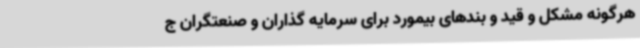
هرگونه مشکل و قید و بندهای بیمورد برای سرمایه گذاران و صنعتگران ج